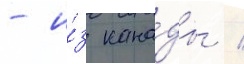
- и́з кана́ды /